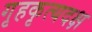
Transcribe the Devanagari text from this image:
गृहकृत्यदक्ष